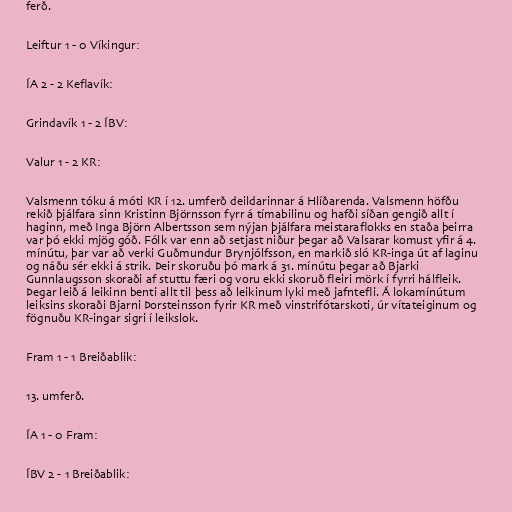
ferð.

Leiftur 1 - 0 Víkingur:

ÍA 2 - 2 Keflavík:

Grindavík 1 - 2 ÍBV:

Valur 1 - 2 KR:

Valsmenn tóku á móti KR í 12. umferð deildarinnar á Hlíðarenda. Valsmenn höfðu
rekið þjálfara sinn Kristinn Björnsson fyrr á tímabilinu og hafði síðan gengið allt í
haginn, með Inga Björn Albertsson sem nýjan þjálfara meistaraflokks en staða þeirra
var þó ekki mjög góð. Fólk var enn að setjast niður þegar að Valsarar komust yfir á 4.
mínútu, þar var að verki Guðmundur Brynjólfsson, en markið sló KR-inga út af laginu
og náðu sér ekki á strik. Þeir skoruðu þó mark á 31. mínútu þegar að Bjarki
Gunnlaugsson skoraði af stuttu færi og voru ekki skoruð fleiri mörk í fyrri hálfleik.
Þegar leið á leikinn benti allt til þess að leikinum lyki með jafntefli. Á lokamínútum
leiksins skoraði Bjarni Þorsteinsson fyrir KR með vinstrifótarskoti, úr vítateiginum og
fögnuðu KR-ingar sigri í leikslok.

Fram 1 - 1 Breiðablik:

13. umferð.

ÍA 1 - 0 Fram:

ÍBV 2 - 1 Breiðablik: